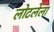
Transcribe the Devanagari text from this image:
लोटलेला